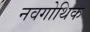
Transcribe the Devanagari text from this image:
नवगोथिक